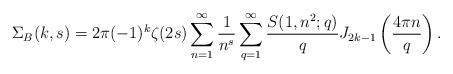
LaTeX: \begin{align*}\Sigma_B(k,s)=2\pi(-1)^k\zeta(2s)\sum_{n=1}^{\infty}\frac{1}{n^{s}}\sum_{q=1}^{\infty}\frac{S(1,n^2;q)}{q}J_{2k-1}\left(\frac{4\pi n}{q}\right).\end{align*}